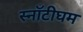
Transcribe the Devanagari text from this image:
स्नॉटीघम